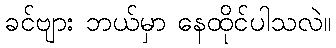
ခင်ဗျား ဘယ်မှာ နေထိုင်ပါသလဲ။